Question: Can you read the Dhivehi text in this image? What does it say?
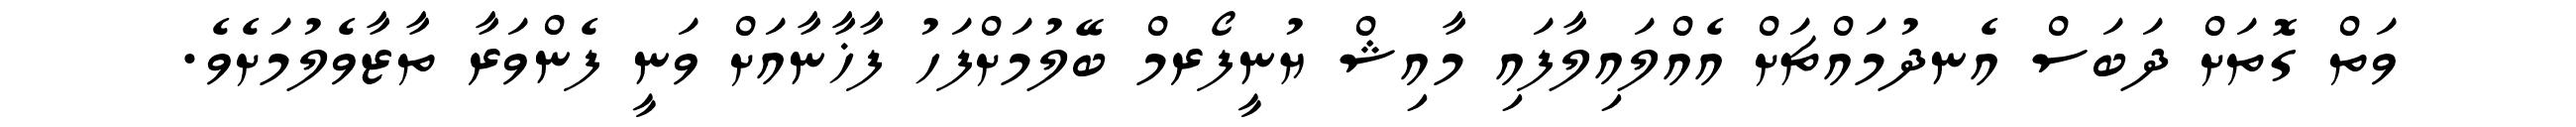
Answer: ވަތް ގޮތަށް ދަބަސް އެނދުމައްޗަށް އެއްލައިލާފައި މާއިޝް ޔުނީފޯރމް ބޭލުމަށްފަހު ފާޚާނާއަށް ވަނީ ފެންވަރާ ތާޒާވެލުމަށެވެ.